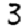
Digit: 3